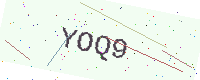
Text: YOQ9